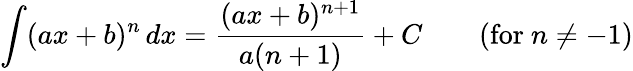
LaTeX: \int(ax+b)^{n}\, dx={\frac{(ax+b)^{n+1}}{a(n+1)}}+C\qquad{\mathrm{(for~}}n\neq-1{\mathrm{)}}